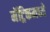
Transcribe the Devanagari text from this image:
मॅट्रिकमध्ये